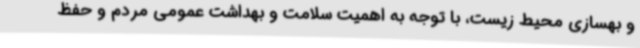
و بهسازی محیط زیست، با توجه به اهمیت سلامت و بهداشت عمومی مردم و حفظ